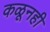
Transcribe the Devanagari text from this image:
कळूनही